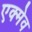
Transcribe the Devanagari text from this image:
एक्मेव